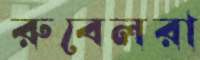
রুবেলরা